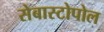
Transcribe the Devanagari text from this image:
सेबास्टोपोल